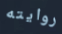
روايته